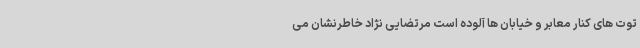
توت های کنار معابر و خیابان ها آلوده است مرتضایی نژاد خاطرنشان می